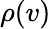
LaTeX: \rho(v)